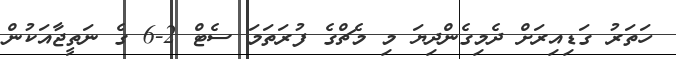
ހަތަރު ގަޑިއިރަށް ދެމިގެންދިޔަ މި މެޗްގެ ފުރަތަމަ ސެޓް 2-6 ގެ ނަތީޖާއަކުން